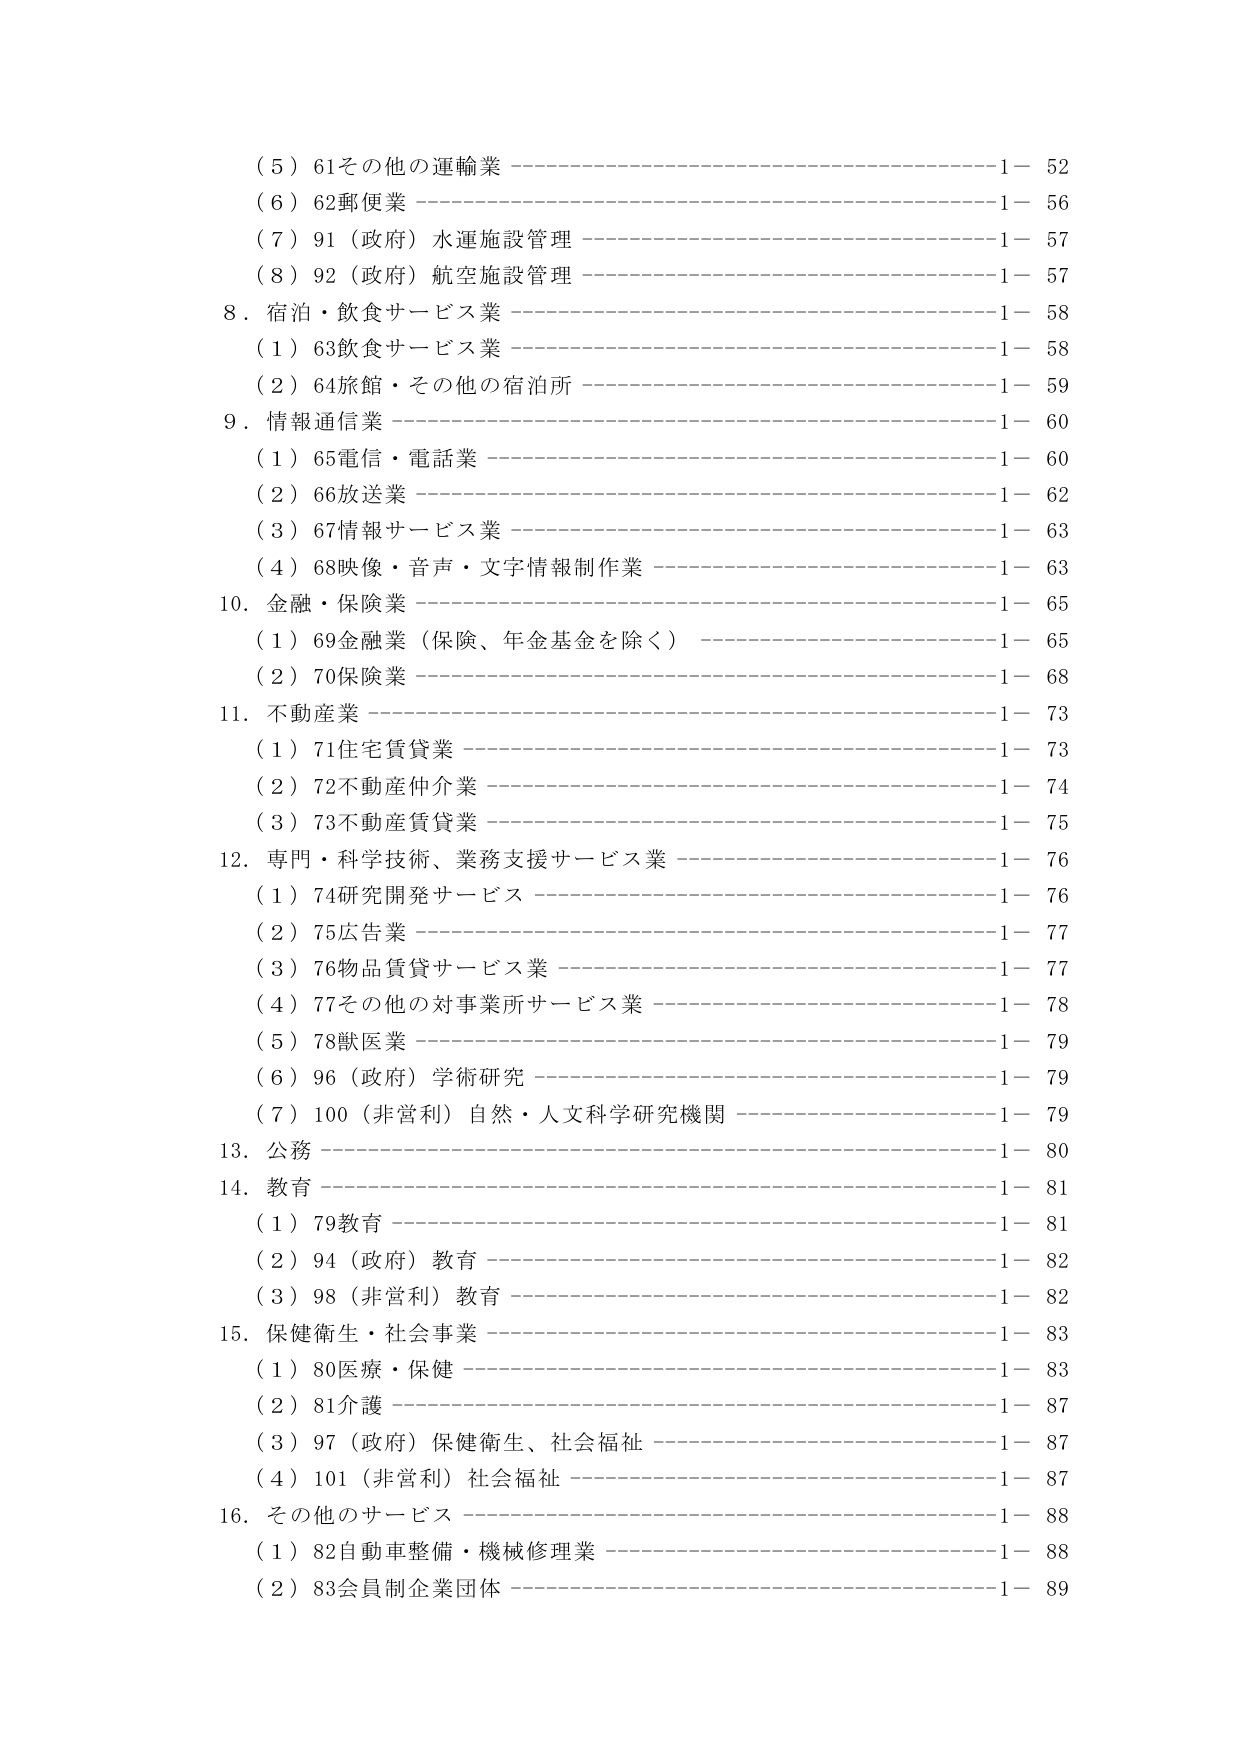
（５）61その他の運輸業 ———————————————————— 1－ 52
（６）62郵便業 ———————————————————————— 1－ 56
（７）91（政府）水運施設管理 ————————————————— 1－ 57
（８）92（政府）航空施設管理 ————————————————— 1－ 57
8．宿泊・飲食サービス業 ——————————————————— 1－ 58
　（１）63飲食サービス業 ——————————————————— 1－ 58
　（２）64旅館・その他の宿泊所 ————————————————— 1－ 59
9．情報通信業 ———————————————————————— 1－ 60
　（１）65電信・電話業 ———————————————————— 1－ 60
　（２）66放送業 ——————————————————————— 1－ 62
　（３）67情報サービス業 ——————————————————— 1－ 63
　（４）68映像・音声・文字情報制作業 —————————————— 1－ 63
10．金融・保険業 ——————————————————————— 1－ 65
　（１）69金融業（保険、年金基金を除く） ———————————— 1－ 65
　（２）70保険業 ——————————————————————— 1－ 68
11．不動産業 ———————————————————————— 1－ 73
　（１）71住宅賃貸業 ———————————————————— 1－ 73
　（２）72不動産仲介業 ——————————————————— 1－ 74
　（３）73不動産賃貸業 ——————————————————— 1－ 75
12．専門・科学技術、業務支援サービス業 ———————————— 1－ 76
　（１）74研究開発サービス ————————————————— 1－ 76
　（２）75広告業 ——————————————————————— 1－ 77
　（３）76物品賃貸サービス業 ————————————————— 1－ 77
　（４）77その他の対事業所サービス業 ————————————— 1－ 78
　（５）78獣医業 ——————————————————————— 1－ 79
　（６）96（政府）学術研究 ————————————————— 1－ 79
　（７）100（非営利）自然・人文科学研究機関 —————————— 1－ 79
13．公務 —————————————————————————— 1－ 80
14．教育 —————————————————————————— 1－ 81
　（１）79教育 ———————————————————————— 1－ 81
　（２）94（政府）教育 ——————————————————— 1－ 82
　（３）98（非営利）教育 —————————————————— 1－ 82
15．保健衛生・社会事業 ——————————————————— 1－ 83
　（１）80医療・保健 ———————————————————— 1－ 83
　（２）81介護 ———————————————————————— 1－ 87
　（３）97（政府）保健衛生、社会福祉 ————————————— 1－ 87
　（４）101（非営利）社会福祉 ————————————————— 1－ 87
16．その他のサービス ———————————————————— 1－ 88
　（１）82自動車整備・機械修理業 ——————————————— 1－ 88
　（２）83会員制企業団体 —————————————————— 1－ 89